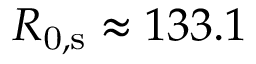
R _ { \mathrm { 0 , s } } \approx 1 3 3 . 1